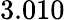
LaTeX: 3.010